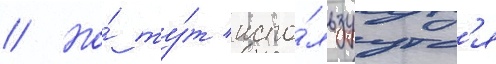
// Но́ ту́т испо́льзуутс'я